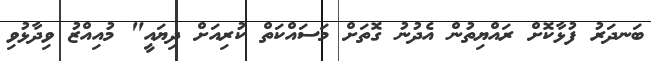
ބަނދަރު ފުޅާކޮށް ރައްޔިތުން އެދުނު ގޮތަށް މަސައްކަތް ކުރިއަށް ދިޔައީ" މުއިއްޒު ވިދާޅުވި